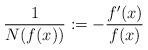
LaTeX: \begin{align*}\frac{1}{N(f(x))}:=-\frac{f'(x)}{f(x)} \end{align*}